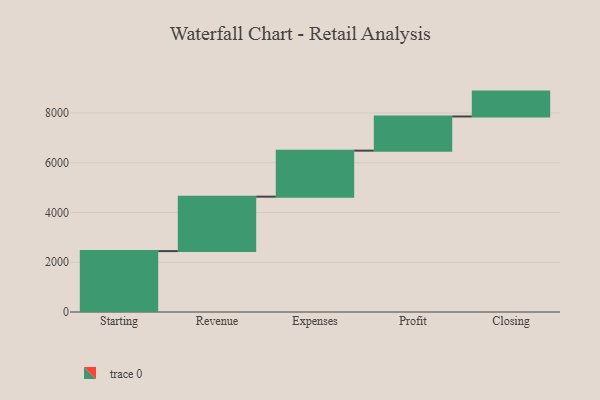
{"axis": {"x": "Step", "y": "Value"}, "legend": [""], "data": [{"x": "Starting", "y": 2447.0, "type": ""}, {"x": "Revenue", "y": 2188.0, "type": ""}, {"x": "Expenses", "y": 1849.0, "type": ""}, {"x": "Profit", "y": 1373.0, "type": ""}, {"x": "Closing", "y": 1000, "type": ""}]}